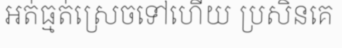
អត់ធ្មត់ស្រេចទៅហើយ ប្រសិនគេ